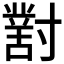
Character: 𡭊